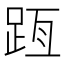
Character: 𨀿